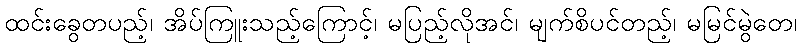
ထင်းခွေတပည့်၊ အိပ်ကြူးသည့်ကြောင့်၊ မပြည့်လိုအင်၊ မျက်စိပင်တည့်၊ မမြင်မွဲတေ၊